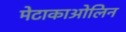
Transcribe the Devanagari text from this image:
मेटाकाओलिन